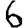
Digit: 6